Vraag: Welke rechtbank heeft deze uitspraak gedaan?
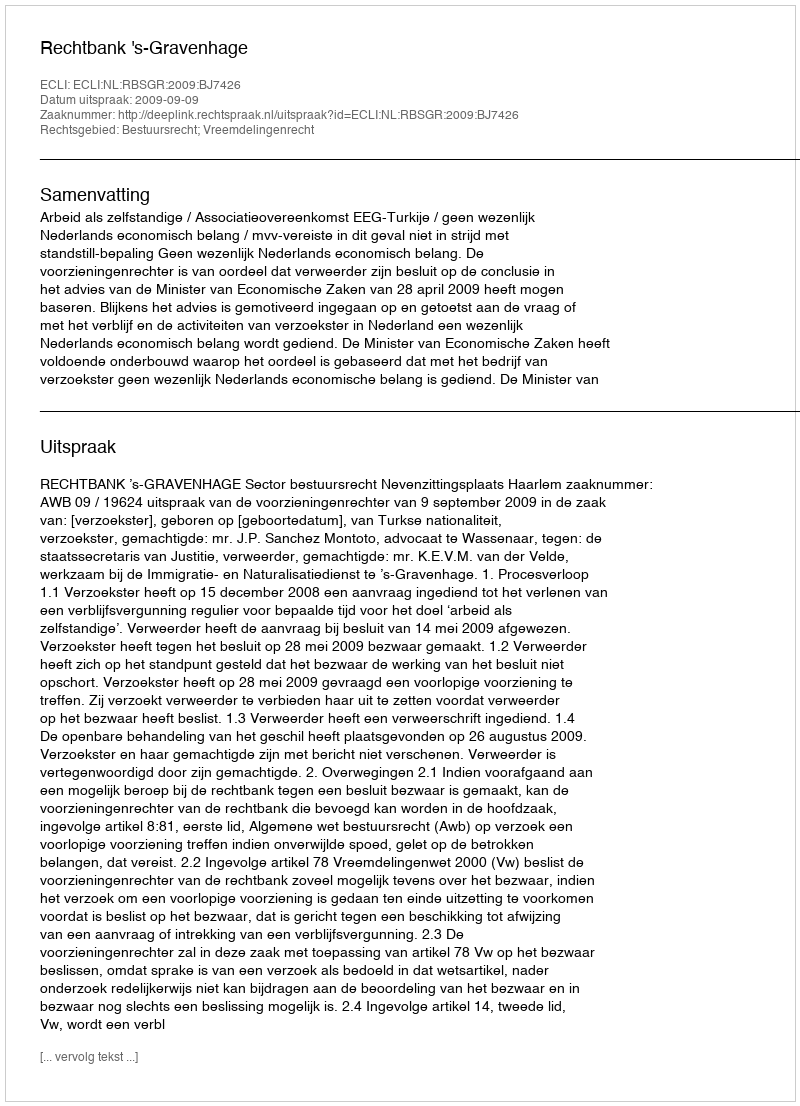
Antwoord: Rechtbank 's-Gravenhage